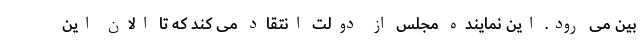
بین می رود. این نماینده مجلس از دولت انتقاد می کند که تا الان این